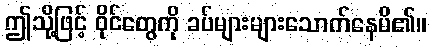
ဤသို့ဖြင့် ဝိုင်တွေကို ခပ်များများသောက်နေမိ၏။